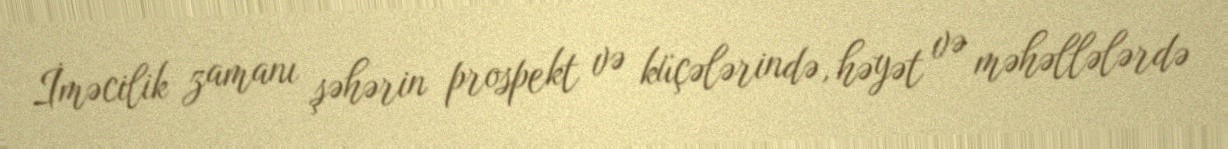
İməcilik zamanı şəhərin prospekt və küçələrində, həyət və məhəllələrdə